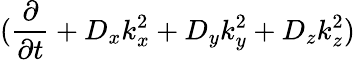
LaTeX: (\frac{\partial}{\partial t}+{D_{x}}{k_{x}^{2}}+{D_{y}}{k_{y}^{2}}+{D_{z}}{k_{z}^{2}})